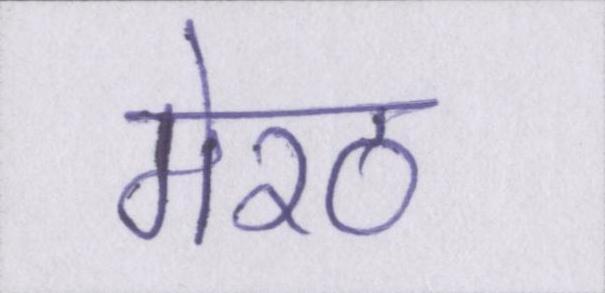
मेरठ